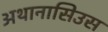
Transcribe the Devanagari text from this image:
अथानासिउस